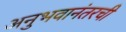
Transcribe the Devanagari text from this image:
अनुभवानंतरची